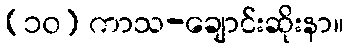
(၁၀) ကာသ-ချောင်းဆိုးနာ။